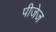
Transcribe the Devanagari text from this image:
पीजेज